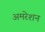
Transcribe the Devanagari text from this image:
अमरेशन